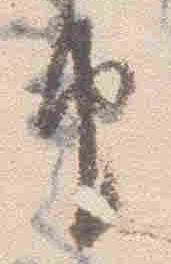
由